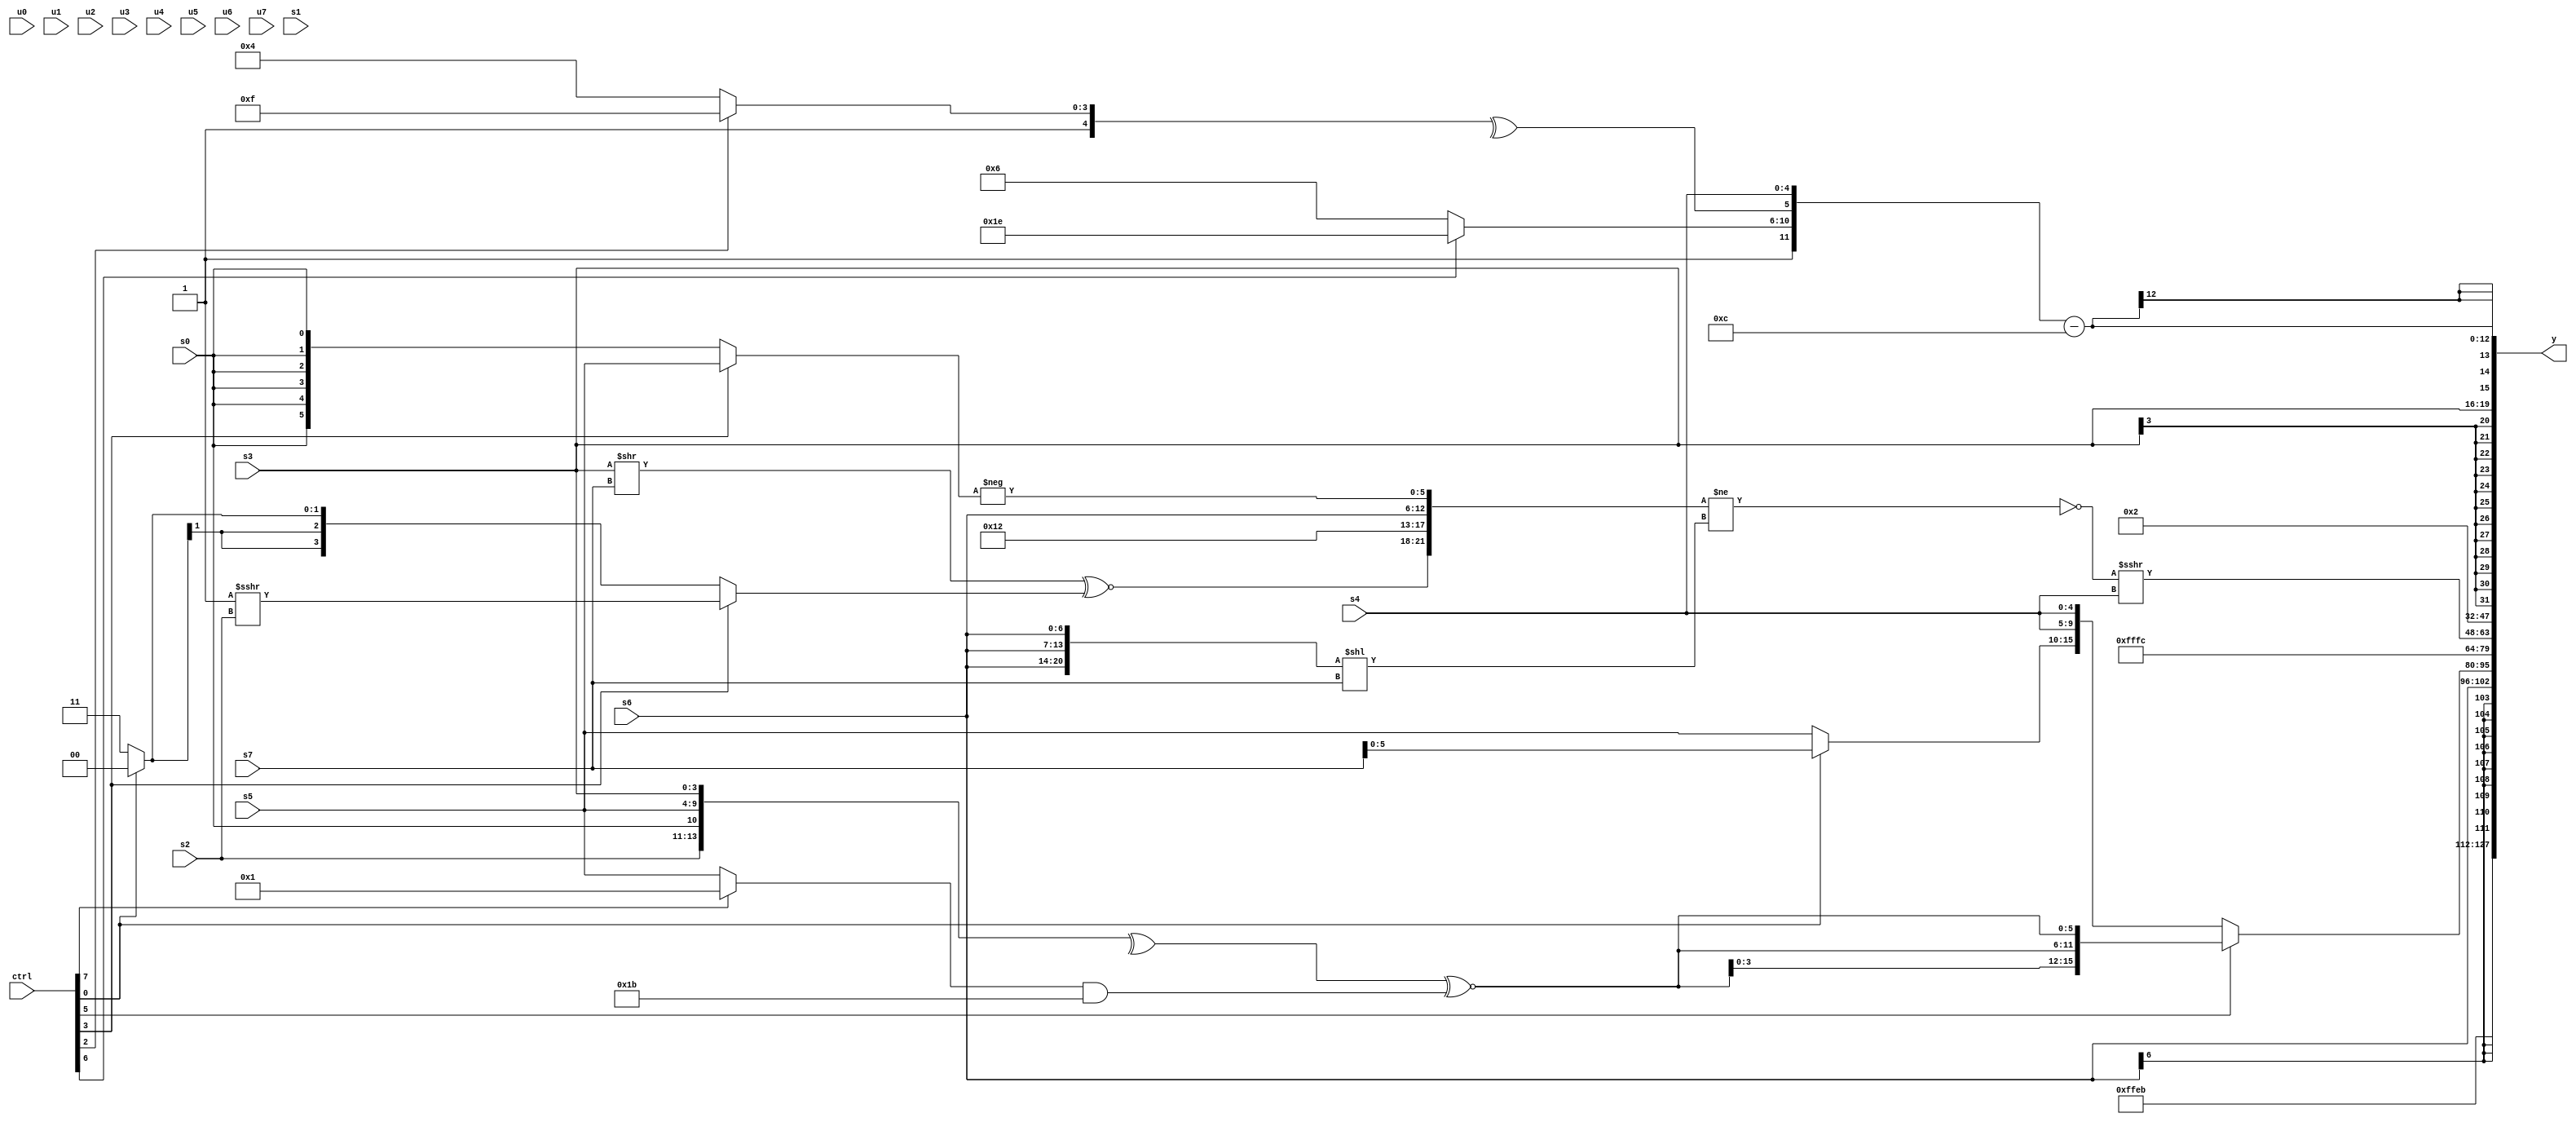
module wideexpr_00613(ctrl, u0, u1, u2, u3, u4, u5, u6, u7, s0, s1, s2, s3, s4, s5, s6, s7, y);
  input [7:0] ctrl;
  input [0:0] u0;
  input [1:0] u1;
  input [2:0] u2;
  input [3:0] u3;
  input [4:0] u4;
  input [5:0] u5;
  input [6:0] u6;
  input [7:0] u7;
  input signed [0:0] s0;
  input signed [1:0] s1;
  input signed [2:0] s2;
  input signed [3:0] s3;
  input signed [4:0] s4;
  input signed [5:0] s5;
  input signed [6:0] s6;
  input signed [7:0] s7;
  output [127:0] y;
  wire [15:0] y0;
  wire [15:0] y1;
  wire [15:0] y2;
  wire [15:0] y3;
  wire [15:0] y4;
  wire [15:0] y5;
  wire [15:0] y6;
  wire [15:0] y7;
  assign y = {y0,y1,y2,y3,y4,y5,y6,y7};
  assign y0 = 6'sb101011;
  assign y1 = s6;
  assign y2 = (ctrl[5]?{3{(^({s2,s0,s5,s3}))^~(((ctrl[7]?3'sb001:s5))&(6'b011011))}}:$unsigned({(ctrl[0]?+(s7):s5),s4,s4}));
  assign y3 = 3'sb100;
  assign y4 = (!(($unsigned({(((s3)>>(s7))>>>($signed(2'b00)))^~((ctrl[3]?(2'sb11)>>>(s2):(ctrl[0]?1'sb0:2'sb11))),5'b10010,s6,-((ctrl[3]?s5:s0))}))!=(({3{s6}})<<(s7))))>>>(s4);
  assign y5 = 4'sb0010;
  assign y6 = s3;
  assign y7 = ({{{2{-(5'sb11111)}},(ctrl[6]?+(2'sb10):$signed(5'sb00110)),^((ctrl[2]?1'sb1:5'sb10100)),s4}})-(5'b01100);
endmodule